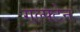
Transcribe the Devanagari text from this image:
गल्फ्टेन